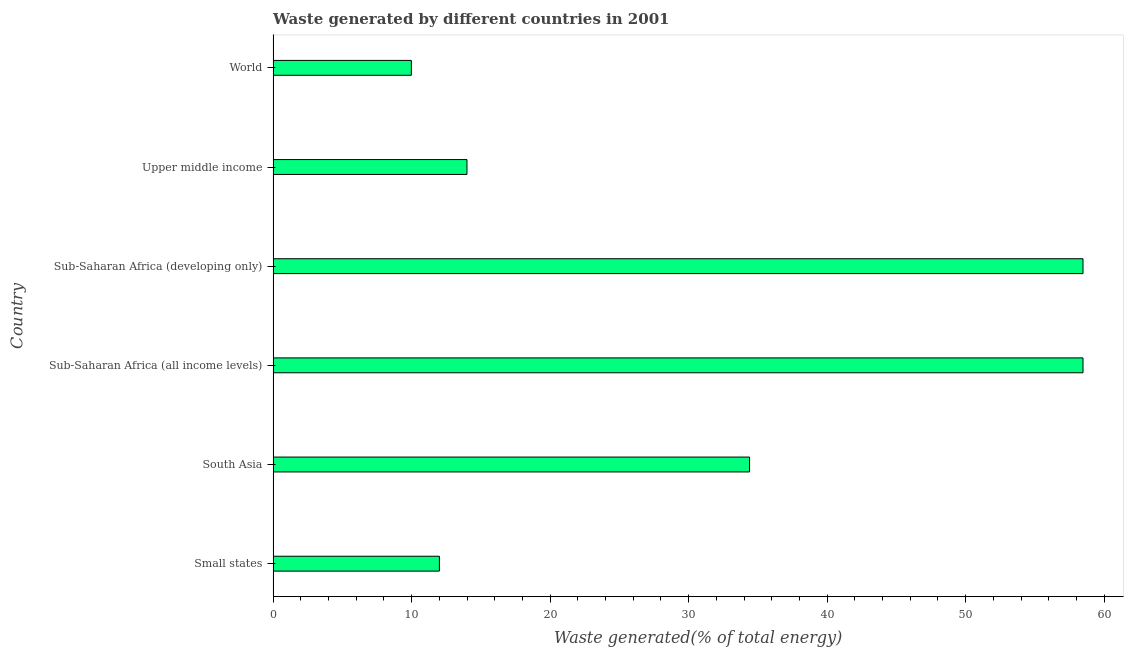
| Country | Combustible renewables and waste (% of total energy) |
 | --- | --- |
 | Small states | 12 |
 | South Asia | 34.4 |
 | Sub-Saharan Africa (all income levels) | 58.5 |
 | Sub-Saharan Africa (developing only) | 58.5 |
 | Upper middle income | 14 |
 | World | 9.98 |